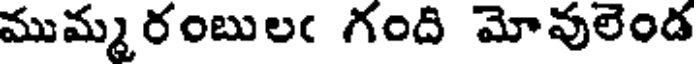
ముమ్మ రంబులఁ గంది మోవులెండ